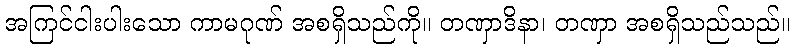
အကြင်ငါးပါးသော ကာမဂုဏ် အစရှိသည်ကို။ တဏှာဒိနာ၊ တဏှာ အစရှိသည်သည်။